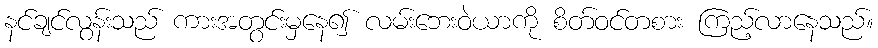
နင်ချင်လွန်းသည် ကားအတွင်းမှနေ၍ လမ်းဘေးဝဲယာကို စိတ်ဝင်တစား ကြည့်လာနေသည်။